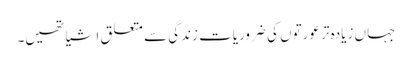
جہاں زیادہ تر عورتوں کی ضروریات زندگی سے متعلق اشیا تھیں۔